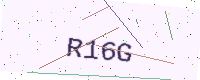
Text: R16G